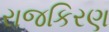
રાજકિરણ